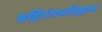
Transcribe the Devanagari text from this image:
बहिरंगपरिक्षण